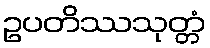
ဥပတိဿသုတ္တံ